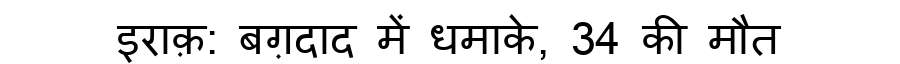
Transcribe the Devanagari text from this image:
इराक़: बग़दाद में धमाके, 34 की मौत